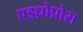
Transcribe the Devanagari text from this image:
एइध्रोप्रोरा